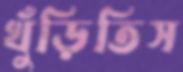
খুঁড়িতিস